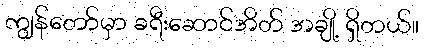
ကျွန်တော်မှာ ခရီးဆောင်အိတ် အချို့ ရှိတယ်။